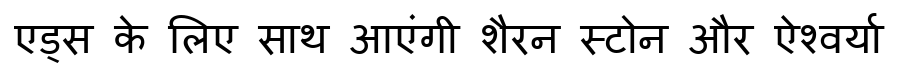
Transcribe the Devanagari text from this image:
एड्स के लिए साथ आएंगी शैरन स्टोन और ऐश्वर्या